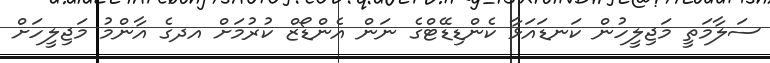
ސަލާމަތީ މަޖިލީހުން ކަނޑައަޅާ ކެންޑިޑޭޓްގެ ނަން އެންޑޯޒް ކުރުމަށް އދގެ އާންމު މަޖިލީހަށް